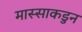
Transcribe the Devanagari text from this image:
मास्साकडुन